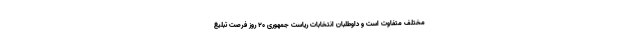
مختلف متفاوت است و داوطلبان انتخابات ریاست جمهوری ۲۰ روز فرصت تبلیغ